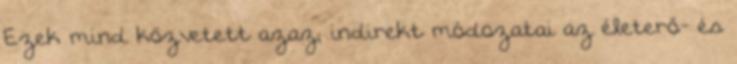
Ezek mind közvetett azaz; indirekt módozatai az életerő- és